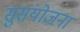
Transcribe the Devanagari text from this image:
सुसंयोजना